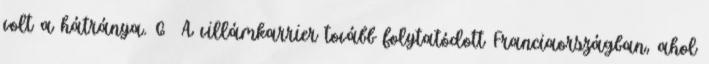
volt a hátránya. 6 A villámkarrier tovább folytatódott Franciaországban, ahol